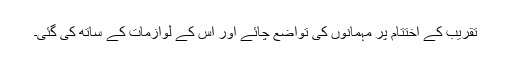
تقریب کے اختتام پر مہمانوں کی تواضع چائے اور اس کے لوازمات کے ساتھ کی گئی۔